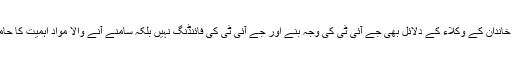
شریف خاندان کے وکلاء کے دلائل بھی جے آئی ٹی کی وجہ بنے اور جے آئی ٹی کی فائنڈنگ نہیں بلکہ سامنے آنے والا مواد اہمیت کا حامل ہے۔